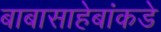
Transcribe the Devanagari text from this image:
बाबासाहेबांकडे